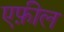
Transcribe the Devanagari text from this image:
एफ़ील